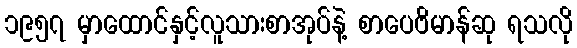
၁၉၅၇ မှာထောင်နှင့်လူသားစာအုပ်နဲ့ စာပေဗိမာန်ဆု ရသလို